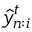
\hat { y } _ { n : i } ^ { t }